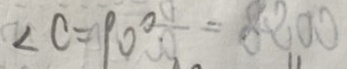
\angle C = 9 0 ^ { \circ }